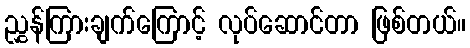
ညွှန်ကြားချက်ကြောင့် လုပ်ဆောင်တာ ဖြစ်တယ်။